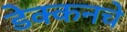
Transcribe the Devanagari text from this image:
डेक्कनचे